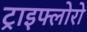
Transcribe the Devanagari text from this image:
ट्राइफ्लोरो